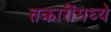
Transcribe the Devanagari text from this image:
तक्रारींमध्ये